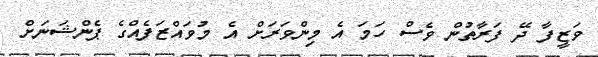
ވަޒީފާ ދޭ ފަރާތުން ވެސް ހަމަ އެ މިންވަރަށް އެ މުވައްޒަފެއްގެ ޕެންޝަނަށް